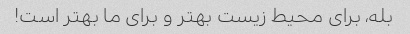
بله، برای محیط زیست بهتر و برای ما بهتر است!